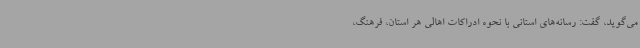
می‌گوید، گفت: رسانه‌های استانی با نحوه ادراکات اهالی هر استان، فرهنگ،